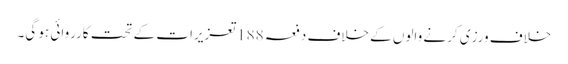
خلاف ورزی کرنے والوں کے خلاف دفعہ 188تعزیرات کے تحت کارروائی ہو گی۔